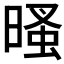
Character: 𣉔